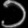
Digit: ၁